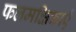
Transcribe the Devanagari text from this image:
फलमक्षिकाएँ